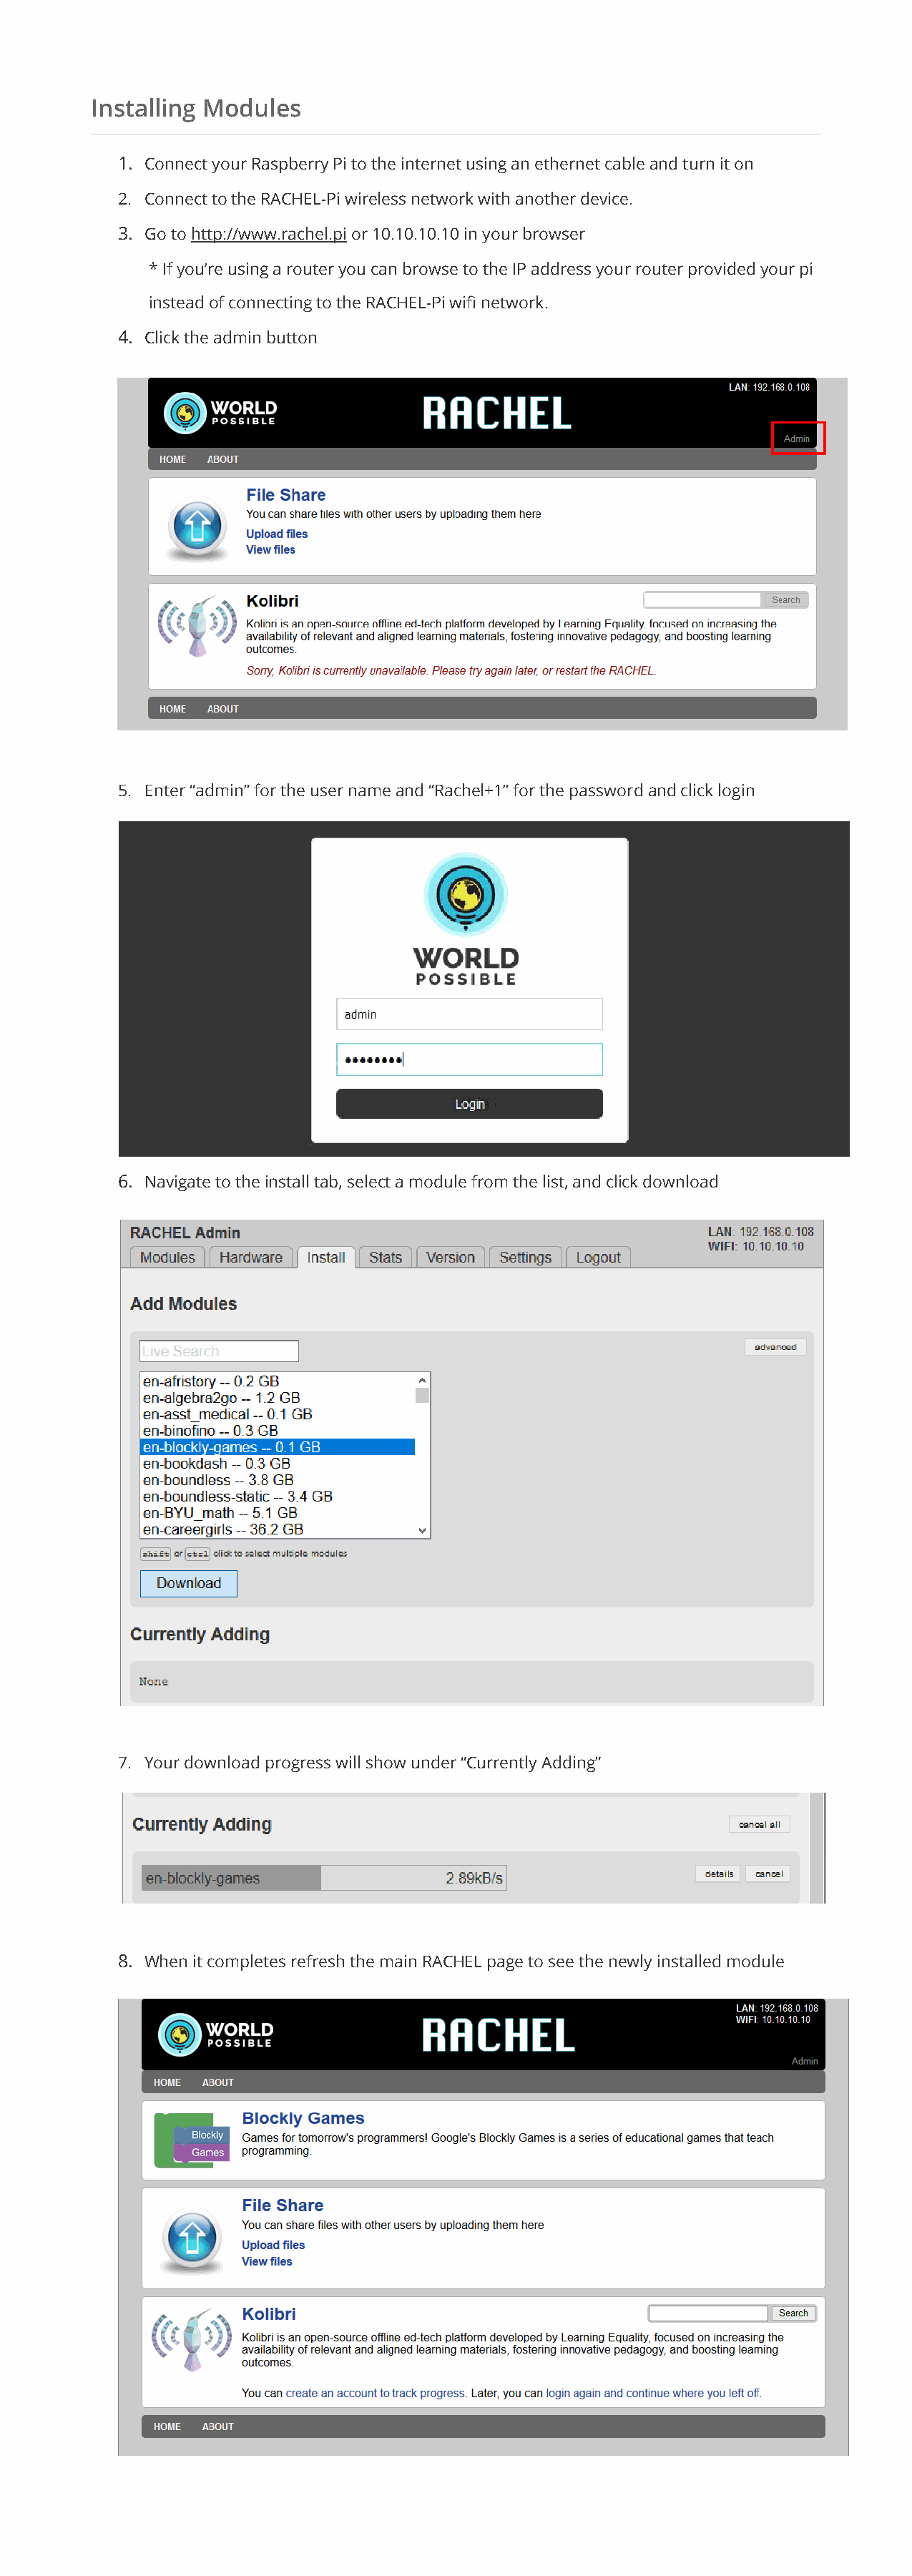
Installing Modules
 1. Connect your Raspberry Pi to the internet using an ethernet cable and turn it on
 2. Connect to the RACHEL-Pi wireless network with another device.
 3. Go to http://www.rachel.pi or 10.10.10.10 in your browser
 * If you’re using a router you can browse to the IP address your router provided your pi
 instead of connecting to the RACHEL-Pi wifi network.
 4. Click the admin button
 5. Enter “admin” for the user name and “Rachel+1” for the password and click login
 6. Navigate to the install tab, select a module from the list, and click download
 7. Your download progress will show under “Currently Adding”
 8. When it completes refresh the main RACHEL page to see the newly installed module